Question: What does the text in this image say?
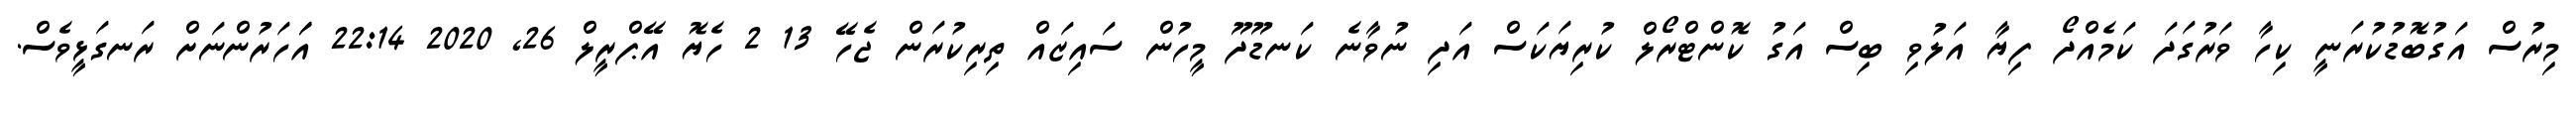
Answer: މިރުސް އަގުބޮޑުކުރަނީ ކިހާ ވަރުގަދަ ކަމެއްދޯ ފިޔާ އަލުވި ބިސް އަގު ކޮންޓްރޯލް ކުރިޔަކަސް އަދި ނުވާނެ ކަނޑޫދޫ މީހުން ސައިޒައް ތިރިކުރަން ޖެހޭ 13 2 ހެޔޮ އޭޕްރީލް 26, 2020 22:14 އަަހަރުންނަށް ރަނގަޅީވެސް.